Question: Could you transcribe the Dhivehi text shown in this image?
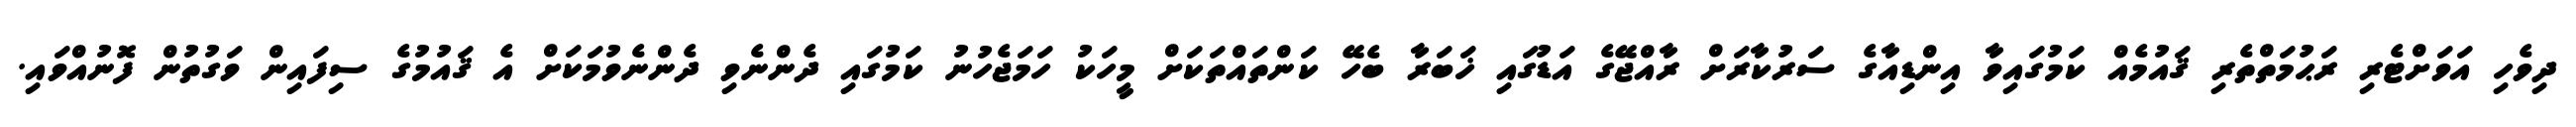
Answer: ދިވެހި އަވަށްޓެރި ރަޙުމަތްތެރި ޤައުމެއް ކަމުގައިވާ އިންޑިއާގެ ސަރުކާރަށް ރާއްޖޭގެ އަޑުގައި ޚަބަރާ ބެހޭ ކަންތައްތަކަށް މީހަކު ހަމަޖެހުނު ކަމުގައި ދެންނެވި ދެންނެވުމަކަށް އެ ޤައުމުގެ ސިފައިން ވަގުތުން ފޮނުއްވައި.